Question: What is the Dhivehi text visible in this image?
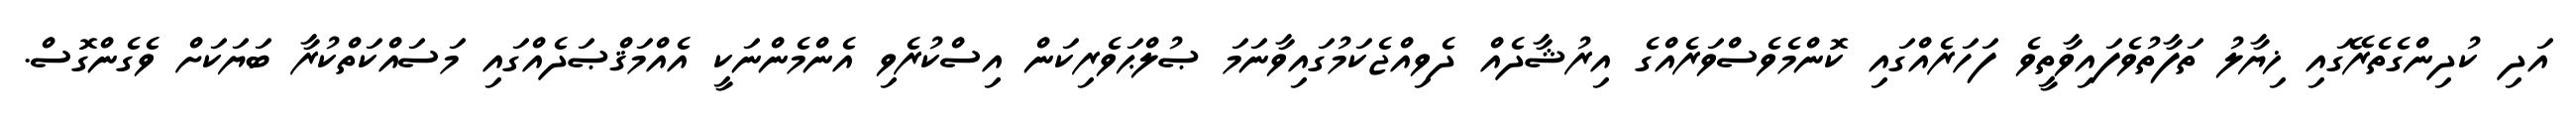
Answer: އަދި ކުދިންގެތެރޭގައި ޚިޔާލު ތަފާތުވެފައިވާތީވެ ފަހަރެއްގައި ކޮންމެވެސްވަރެއްގެ އިރުޝާދެއް ދެވިއްޖެކަމުގައިވާނަމަ ޞުލްޙަވެރިކަން އިސްކުރެވި އެންމެންނަކީ އެއްމަޤްޞަދެއްގައި މަސައްކަތްކުރާ ބަޔަކަށް ވެގެންގޮސް.